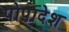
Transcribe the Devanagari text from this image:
पोपादेश